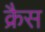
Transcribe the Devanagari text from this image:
क्रैस